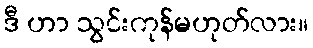
ဒီ ဟာ သွင်းကုန်မဟုတ်လား။